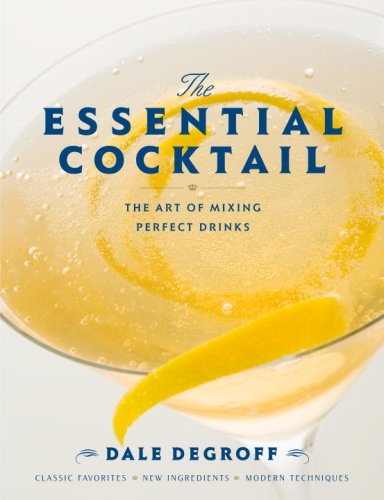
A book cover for The Essential Cocktail: The Art of Mixing Perfect Drinks; Dale DeGroff; Cookbooks, Food & Wine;